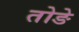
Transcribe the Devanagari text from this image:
तोङे